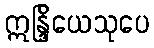
ဣန္ဒြိယေသုပေ